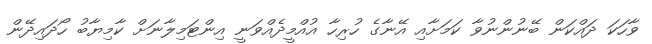
ވާހަކަ ދައްކަން ބޭނުންނުވާ ކަމަށާއި އޭނާގެ ހުރިހާ އުއްމީދެއްވަނީ އިންޓަމިލާނަށް ކާމިޔާބު ހޯދައިދޭން